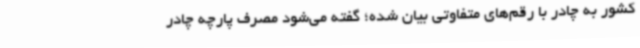
کشور به چادر با رقم‌های متفاوتی بیان شده؛ گفته می‌شود مصرف پارچه چادر